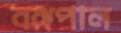
বঙ্গপাল